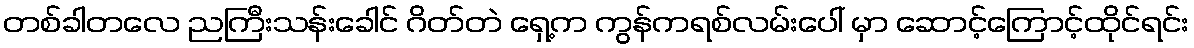
တစ်ခါတလေ ညကြီးသန်းခေါင် ဂိတ်တဲ ရှေ့က ကွန်ကရစ်လမ်းပေါ် မှာ ဆောင့်ကြောင့်ထိုင်ရင်း